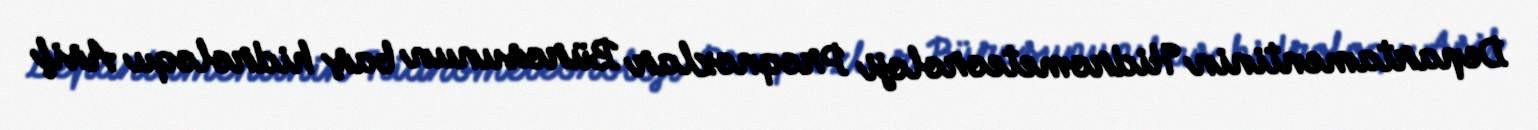
Departamentinin Hidrometeoroloji Proqnozlar Bürosunun baş hidroloqu Asif